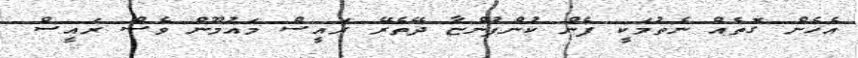
އެހެން ގޮތެއް ނެތުމަކީ ފެން ކުންފުންޏާ ދޭތެރޭ ރައީސް މައުމޫން ވެސް ރައީސް